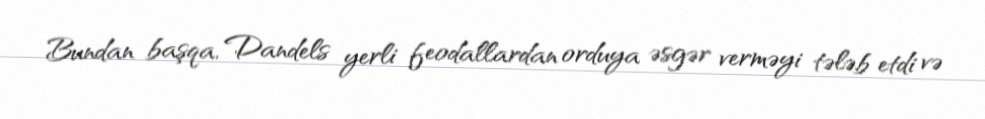
Bundan başqa, Dandels yerli feodallardan orduya əsgər verməyi tələb etdi və